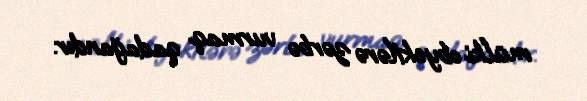
mülki obyektlərə zərbə vurmaq qadağandır.